Annual returns of the Patna Lunatic Asylum at Bankipore in Bihar and Orissa - 1912-1924
Year: 1912
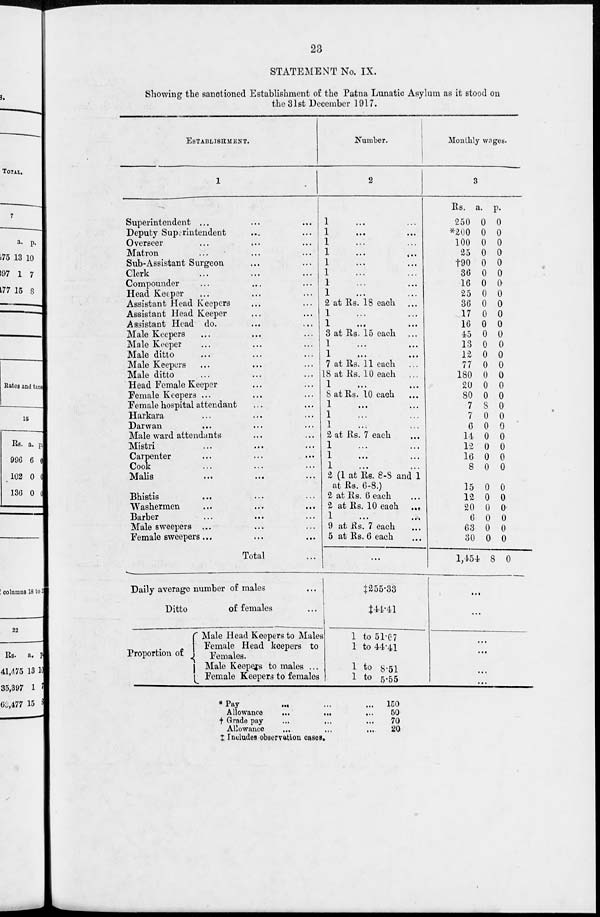
23
STATEMENT No. IX.
Showing the sanctioned Establishment of the Patna Lunatic Asylum as it stood on
the 31st December 1917.
ESTABLISHMENT.
1
Superintendent ... ...
Deputy Superintendent ... ...
Overseer ... ... ...
Matron ... ... ...
Sub-Assistant Surgeon ... ...
Clerk ... ... ...
Compounder ... ... ...
Head Keeper ... ... ...
Assistant Head Keepers ... ...
Assistant Head Keeper ... ...
Assistant Head do. ... ...
Male Keepers ... ... ...
Male Keeper ... ... ...
Male ditto ... ... ...
Male Keepers ... ... ...
Male ditto ... ... ...
Head Female Keeper ... ...
Female Keepers ... ... ...
Female hospital attendant ... ...
Harkara ... ... ...
Darwan ... ... ...
Male ward attendants ... ...
Mistri ... ... ...
Carpenter
...
...
...
Cook ... ... ...
Malis ... ... ...
Bhistis
...
... ...
Washermen
...
... ...
Barber ... ... ...
Male sweepers ... ... ...
Female sweepers ... ... ...
Total ...
Daily average number of males ...
Ditto
of females ...
Proportion of
Male Head Keepers to Males
Female Head keepers to
Females.
Male Keepers to males ...
Female Keepers to females
Number.
2
1 ... ...
1
...
...
1 ... ...
1
...
...
1 ... ...
1 ... ...
1 ... ...
1 ... ...
2 at Rs. 18 each ...
1 ... ...
1
...
...
3 at Rs. 15 each ...
1
...
...
1
...
...
7 at Rs. 11 each ...
18 at Rs. 10 each
...
1
...
...
8 at Rs. 10 each ...
1
...
...
1 ... ...
1 ... ...
2 at Rs. 7 each ...
1 ... ...
1 ... ...
1 ... ...
2 (1 at Rs. 8-8 and 1
at Rs. 6-8.)
2 at Rs. 6 each ...
2 at Rs. 10 each
...
1 ... ...
9 at Rs. 7 each ...
5 at Rs. 6 each ...
...
‡255.33
‡44.41
1 to 51.67
1 to 44.41
1 to 8.51
1 to 5.55
Monthly wages.
3
Rs.
250
*200
100
25
†90
36
16
25
36
17
16
45
13
12
77
180
20
80
7
7
6
14
12
16
8
15
12
20
6
63
30
1,454
a.
0
0
0
0
0
0
0
0
0
0
0
0
0
0
0
0
0
0
8
0
0
0
0
0
0
0
0
0
0
0
0
8
p.
0
0
0
0
0
0
0
0
0
0
0
0
0
0
0
0
0
0
0
0
0
0
0
0
0
0
0
0
0
0
0
0
...
...
...
...
...
...
* Pay ... ... ...
Allowance
...
... ...
† Grade pay ... ... ...
Allowance
...
...
...
150
50
70
20
‡ Includes observation cases.